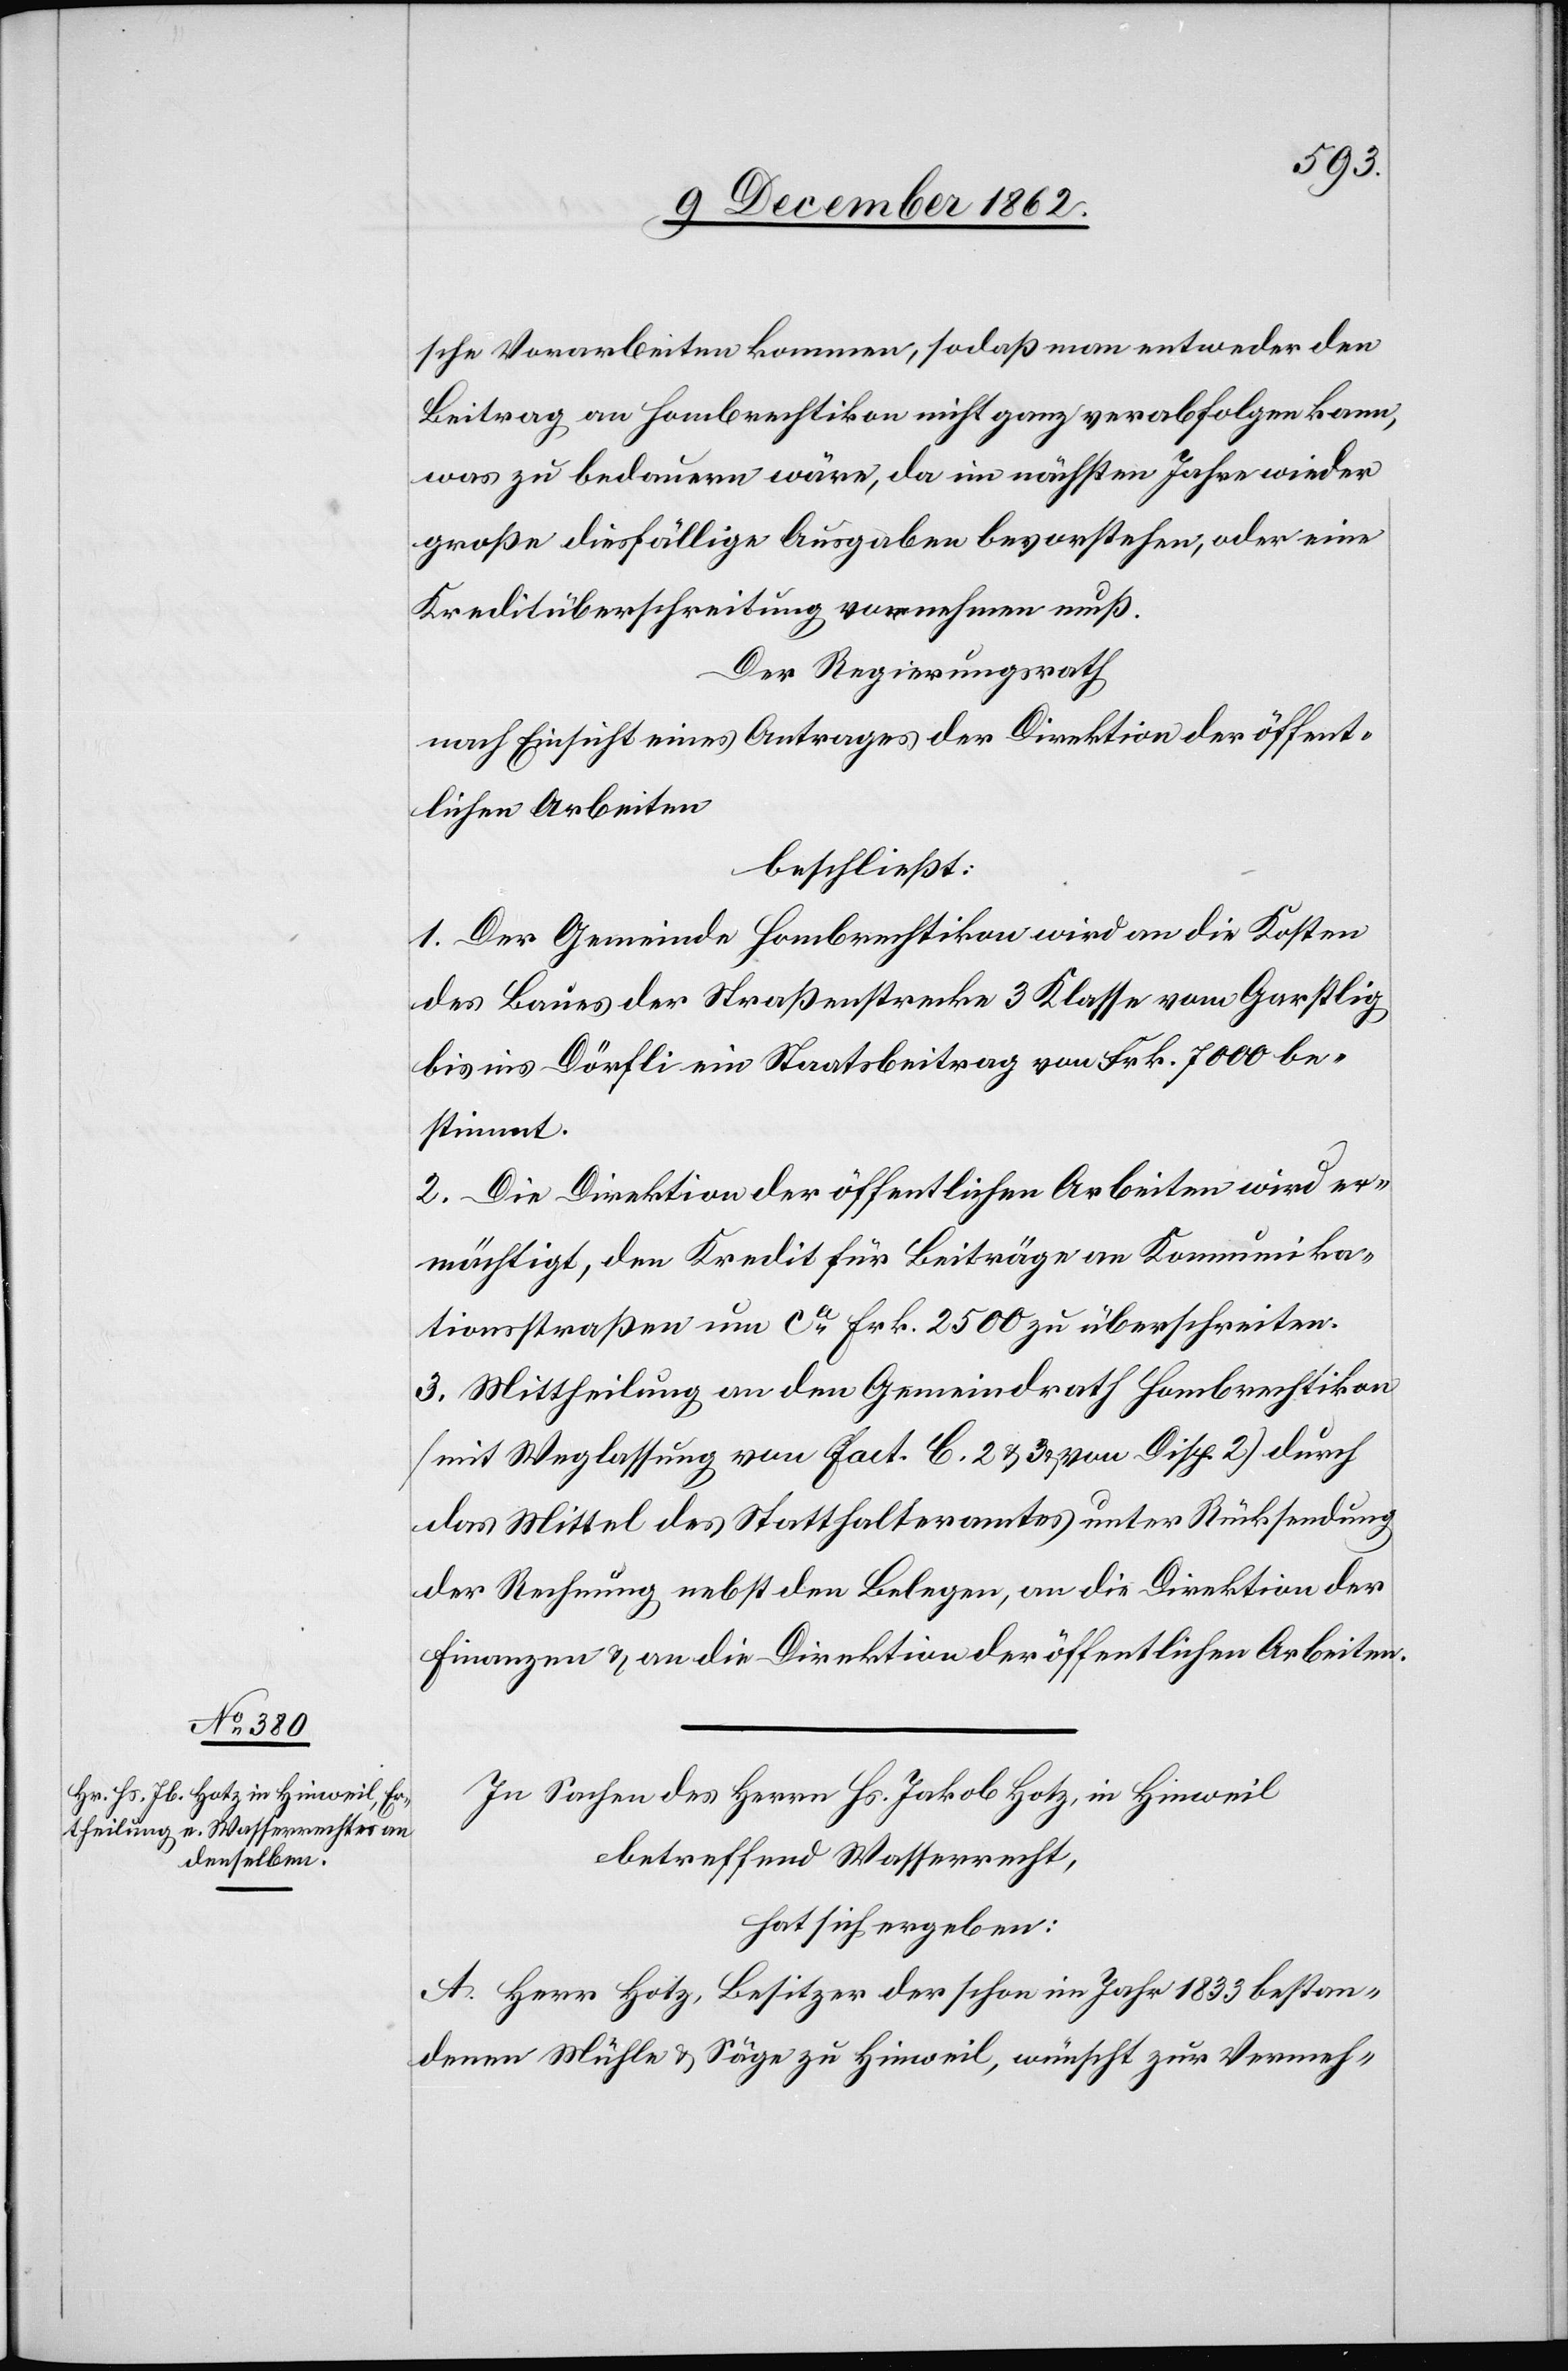
Disp. 2.
nische Vorarbeiten kommen, so daß man entweder den
Beitrag an Hombrechtikon nicht ganz verabfolgen kann,
was zu bedauern wäre, da im nächsten Jahre wieder
große diesfällige Ausgaben bevorstehen, oder eine
Kreditüberschreitung vornehmen muß.
Der Regierungsrath
nach Einsicht eines Antrages der Direktion der öffent¬
lichen Arbeiten
beschließt:
1. Der Gemeinde Hombrechtikon wird an die Kosten
des Baues der Straßenstrecke 3 Klasse von Garstlig
bis ins Dörfli ein Staatsbeitrag von Frk. 7000 be¬
stimmt.
2. Die Direktion der öffentlichen Arbeiten wird er¬
mächtigt, den Kredit für Beiträge an Kommunika¬
tionsstraßen um ca Frk. 2500 zu überschreiten.
das Mittel des Statthalteramtes unter Rücksendung
der Rechnung nebst den Belegen, an die Direktion der
Finanzen u. an die Direktion der öffentlichen Arbeiten.
In Sachen des Herrn Hs. Jakob Hotz, in Hinweil
betreffend Wasserrecht,
hat sich ergeben:
A. Herr Hotz, Besitzer der schon im Jahr 1833 bestan¬
denen Mühle u. Säge zu Hinweil, wünscht zur Vermeh-